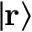
\vert \mathbf { r } \rangle